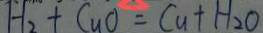
H _ { 2 } + C u O = C u + H _ { 2 } O